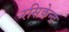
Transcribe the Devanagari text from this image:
रसिकेन्द्र